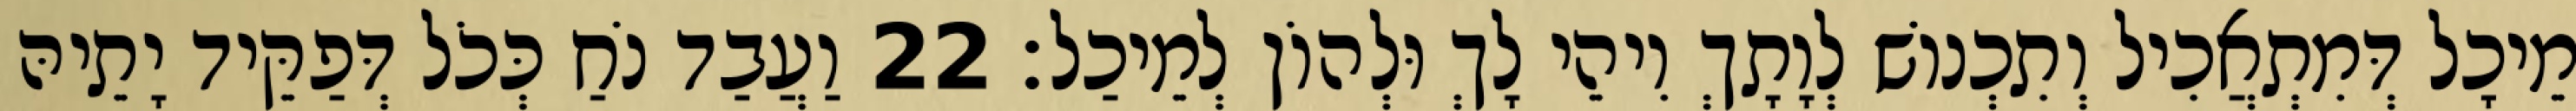
מֵיכָל דְּמִתְאֲכִיל וְתִכְנוֹשׁ לְוָתָךְ וִיהֵי לָךְ וּלְהוֹן לְמֵיכַל׃ 22 וַעֲבַד נֹחַ כְּכֹל דְּפַקֵּיד יָתֵיהּ